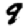
Digit: 9